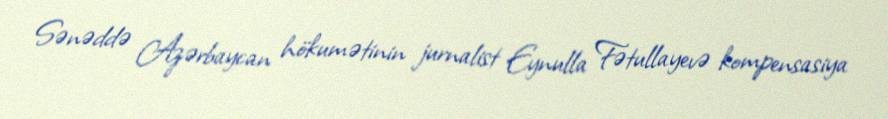
Sənəddə Azərbaycan hökumətinin jurnalist Eynulla Fətullayevə kompensasiya